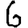
Digit: 6